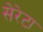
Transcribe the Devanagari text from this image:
सेरेटा